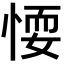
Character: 𢝶